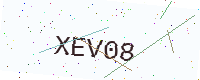
Text: XEV08